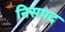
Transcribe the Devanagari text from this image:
निसपद